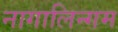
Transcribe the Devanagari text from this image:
नागालिन्गम